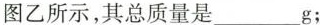
图乙所示，其总质量是_g；